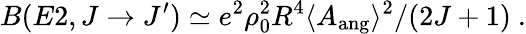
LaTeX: B(E2,J\rightarrow J^{\prime})\simeq e^{2}\rho_{0}^{2}R^{4}\langle A_{\mathrm{ang}}\rangle^{2}/(2J+1)~.